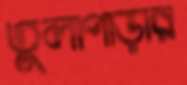
তুলাপাড়ার